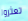
تعثروا